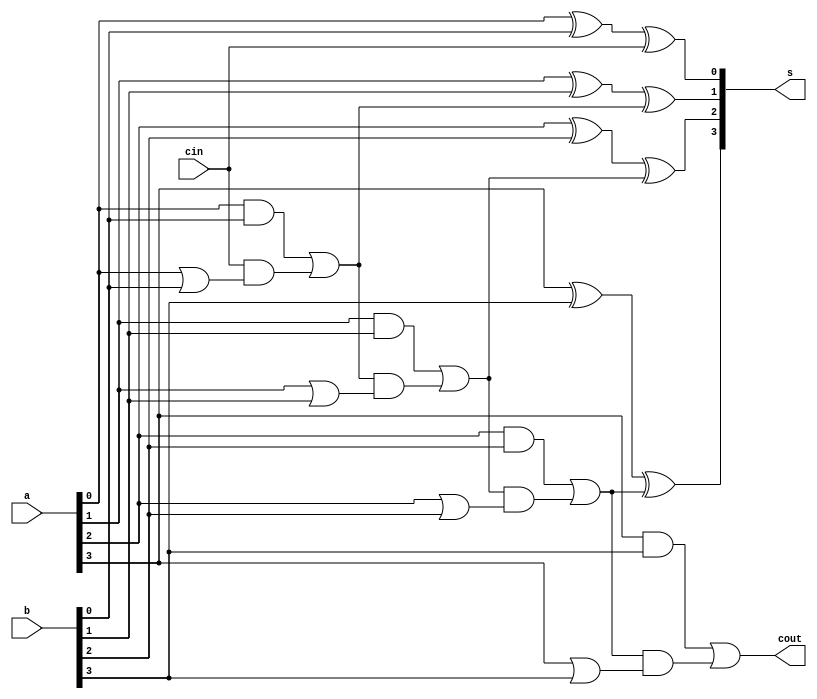
module rca(a,b,cin,s,cout
    );
input [3:0]a;
input [3:0]b;
input cin;
output cout;
output [3:0]s;
wire [2:0]c;
assign s[0]=a[0]^b[0]^cin;
assign c[0]=(a[0]&b[0])|(cin&(a[0]|b[0]));

assign s[1]=a[1]^b[1]^c[0];
assign c[1]=(a[1]&b[1])|(c[0]&(a[1]|b[1]));

assign s[2]=a[2]^b[2]^c[1];
assign c[2]=(a[2]&b[2])|(c[1]&(a[2]|b[2]));

assign s[3]=a[3]^b[3]^c[2];
assign cout=(a[3]&b[3])|(c[2]&(a[3]|b[3]));
endmodule
module rca_tb;

	// Inputs
	reg [3:0] a;
	reg [3:0] b;
	reg cin;

	// Outputs
	wire [3:0] s;
	wire cout;

	// Instantiate the Design Under Test (DUT)
	rca dut (a,b,cin,s,cout
	);

	
		// Initialize Inputs
		initial a=4'b0000;
		initial b=4'b0000;
		initial cin=1'b0;
		
		always #20 a=a+4'b0001;
		always #20 b=b+4'b0001;
		always #20 cin=cin+1'b1;

endmodule